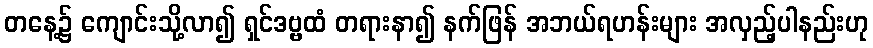
တနေ့၌ ကျောင်းသို့လာ၍ ရှင်ဒဗ္ဗထံ တရားနာ၍ နက်ဖြန် အဘယ်ရဟန်းများ အလှည့်ပါနည်းဟု